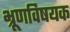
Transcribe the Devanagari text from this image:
भ्रूणविषयक